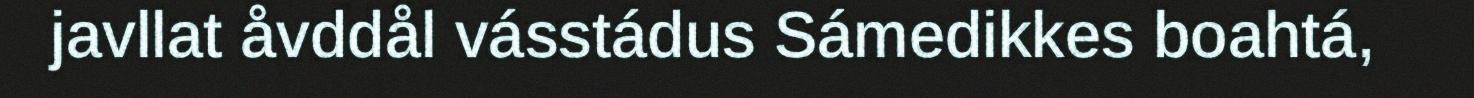
javllat åvddål vásstádus Sámedikkes boahtá,